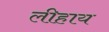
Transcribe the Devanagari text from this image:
लीहाय